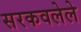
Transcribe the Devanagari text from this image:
सरकवलेले